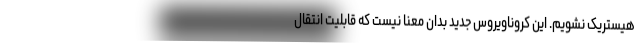
هیستریک نشویم. این کروناویروس جدید بدان معنا نیست که قابلیت انتقال